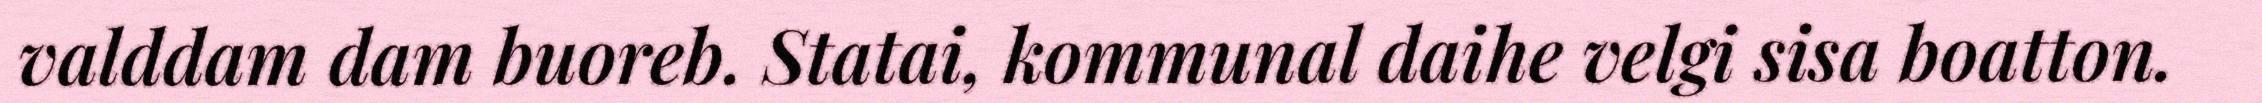
valddam dam buoreb. Statai, kommunal daihe velgi sisa boatton.